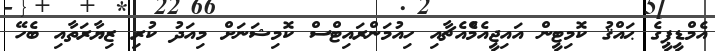
އެމްޑީޕީގެ ޙައްޤު ކޮމިޓީން އައިޖީއެމްެއެޗާއި ހިއުމަންރައިޓްސް ކޮމިޝަނަށް މިއަދު ކުރި ޒިޔާރަތާއި ބެހޭ